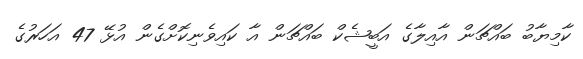
ކާމިޔާބު ބައްޗަން އާއިލާގެ އަބީޝެކް ބައްޗަން އާ ކައިވެނިކޮށްގެން އުޅޭ 47 އަހަރުގެ